Medical and sanitary report of the native army of Bengal for the year
Year: 1874
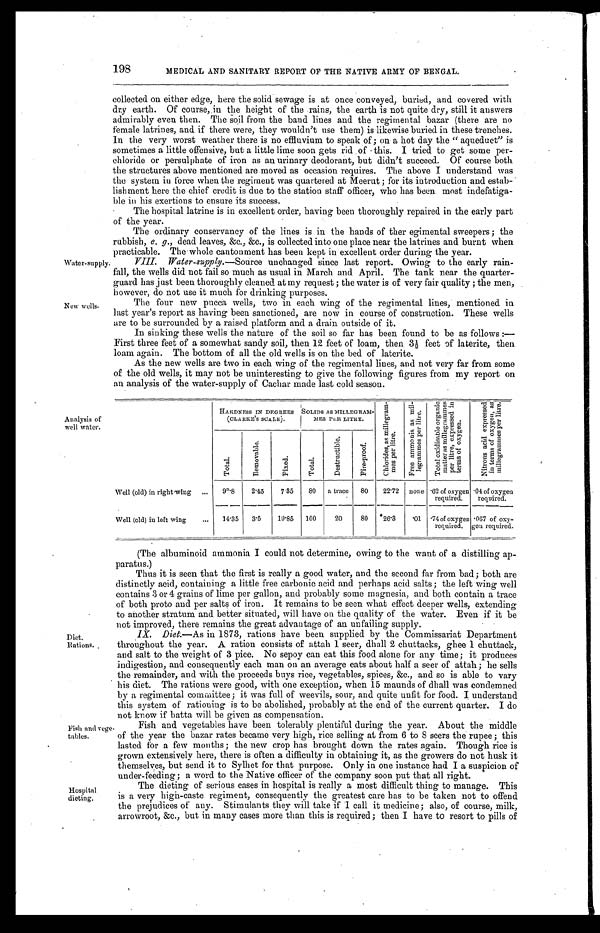
198
MEDICAL AND SANITARY REPORT OF THE NATIVE ARMY OF BENGAL.
Water-supply.
New wells.
collected on either edge, here the solid sewage is at once conveyed, buried, and covered with
dry earth. Of course, in the height of the .rains, the earth is not quite dry, still it answers
admirably even then. The soil from the band lines and the regimental bazar (there are no
female latrines, and if there were, they wouldn't use them) is-likewise buried in these trenches.
In the very worst weather there is no effluvium to speak of; on a hot day the "aqueduct" is
sometimes a little offensive, but a little lime soon gets rid ,of this. I tried to get some per-
chloride or persulphate of iron as au urinary deodorant, but didn't succeed. Of course both
the structures above mentioned are moved as occasion requires. The above I understand was
the system in force when the regiment was quartered at Meerut; for its introduction and estab-
lishment here the chief credit is due to the station staff officer, who has been most indefatiga
- b l e i n h i s e x e r t i o n s t o e n s u r e i t s s u c c e s s .
The hospital latrine is in excellent order, having been thoroughly repaired in the early part
of the year.
The ordinary conservancy of the lines is in the hands of ther egimental sweepers; the
rubbish, e. g., dead leaves, &c., &c., is collected into one place near the latrines and burnt when
practicable. The whole cantonment has been kept in excellent order during the year.
VIII. Water-supply.—Source unchanged since last report. Owing to the early rain-
fall, the wells did not fail so much as usual in March and April. The tank near the quarter-
guard has just been thoroughly cleaned at my request; the water is of very fair quality ; the men,
however, do not use it much for drinking purposes.
The four new pucca wells, two in each wing of the regimental lines, mentioned in
last year's report as having been sanctioned, are now in course of construction. These wells
are to be surrounded by a raised platform and a drain outside of it.
In sinking these wells the nature of the soil so far has been found to be as follows:
— F i r s t t h r e e f e e t o f a s o m e w h a t s a n d y s o i l , t h e n 1 2 f e e t o f l o a m , t h e n 3 ½ f e e t o f l a t e r i t e , t h e n
loam again. The bottom of all the old wells is on the bed of laterite.
As the new wells are two in each wing of the regimental lines, and not very far from some
of the old wells, it may not be uninteresting to give the following figures from my report on
an analysis of the water-supply of Cachar made last cold season.
Analysis of
well water.
HARDNESS IN DEGREES
(CLARKE' S SCALE).
SOLIDS AS MILLEGRAM-
MES PER LITRE.
C h l o r i d e s , a s m i l l e g r a m -
m e s p e r l i t r e .
F r e e a m m o n i a a s m i l -
l e g r a m m e s p e r l i t r e .
T o t a l O x i d i s a b l e o r g a n i c
m a t t e r a s m i l l e g r a m m e s p e r l i t r e , e x p r e s s e d i n t e r m s o f o x y g e n .
N i t r o n s a c i d e x p r e s s e d i n t e r m s o f o x y g e n , a s m i l l e g r a m m e s p e r l i t r e .
T o t a l .
R e m o v a b l e .
F i x e d .
T o t a l .
D e s t r u c t i b l e . F i r e - p r o o f .
Well (old) in right wing
9º.8 2.45 7.35 80 a trace 80 22.72 none
. 6 2 o f o x y g e n
required.
. 0 4 o f
o x y g e n
required.
Well (old) in left wing
14.35 3.5 10.85 100
20
80 .26.3 .01
. 7 4 o f o x y g e n
required.
.067 of oxy-
gen required.
Diet.
Rations.
Fish and vege-
tables.
Hospital
dieting,
(The albuminoid ammonia I could not determine, owing to the want of a distilling ap
- p a r a t u s . )
Thus it is seen that the first is really a good water, and the second far from bad; both are
distinctly acid, containing a little free carbonic acid and perhaps acid salts; the left wing well
contains 3 or 4 grains of lime per gallon, and probably some magnesia, and both contain a trace
of both proto and per salts of iron. It remains to be seen what effect deeper wells, extending
to another stratum and better situated, will have on the quality of the water. Even if it be
not improved, there remains the great advantage of an unfailing supply.
IX. Diet.—As in 1873, rations have been supplied by the Commissariat Department
throughout the year. A ration consists of attah 1 seer, dhall 2 chuttacks, ghee 1 chuttack,
and salt to the weight of 3 pice. No sepoy can eat this food alone for any time; it produces
indigestion, and consequently each man on an average eats about half a seer of attah; he sells
the remainder, and with the proceeds buys rice, vegetables, spices, &c., and so is able to vary
his diet. The rations were good, with one exception, when 15 maunds of dhall was condemned
by a regimental committee; it was full of weevils, sour, and quite unfit for food. I understand
this system of rationing is to be abolished, probably at the end of the current quarter. I do
not know if batta will be given as compensation.
Fish and vegetables have been tolerably plentiful during the year. About the middle
of the year the bazar rates became very high, rice selling at from 6 to 8 seers the rupee; this
lasted for a few months; the new crop has brought down the rates again. Though rice is
grown extensively here, there is often a difficulty in obtaining it, as the growers do not husk it
themselves, but send it to Sylhet for that purpose. Only in one instance had I a suspicion of
under-feeding; a word to the Native officer of the company soon put that all right.
The dieting of serious cases in hospital is really a most difficult thing to manage. This
is a very high-caste regiment, consequently the greatest care has to be taken not to offend
the prejudices of any. Stimulants they will take if I call it medicine; also, of course, milk,
arrowroot, &c., but in many cases more than this is required; then I have to resort to pills of